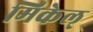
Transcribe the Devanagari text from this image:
मिकेल्